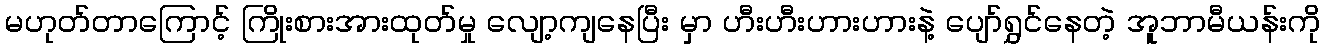
မဟုတ်တာကြောင့် ကြိုးစားအားထုတ်မှု လျော့ကျနေပြီး မှာ ဟီးဟီးဟားဟားနဲ့ ပျော်ရွှင်နေတဲ့ အူဘာမီယန်းကို